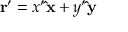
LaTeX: \mathbf { r } ^ { \prime } = x ^ { \prime } \mathbf { \hat { x } } + y ^ { \prime } \mathbf { \hat { y } }